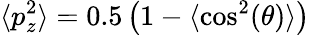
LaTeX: \langle p_{z}^{2}\rangle=0.5\left(1-\langle\cos^{2}(\theta)\rangle\right)